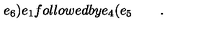
e _ { 6 } \mathbf { ) } e _ { 1 } f o l l o w e d b y e _ { 4 } \mathbf { ( } e _ { 5 } \quad \quad .